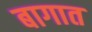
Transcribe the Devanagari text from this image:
बागात